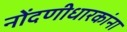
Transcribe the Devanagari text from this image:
नोंदणीधारकांना